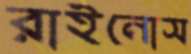
রাইনোস